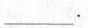
___.